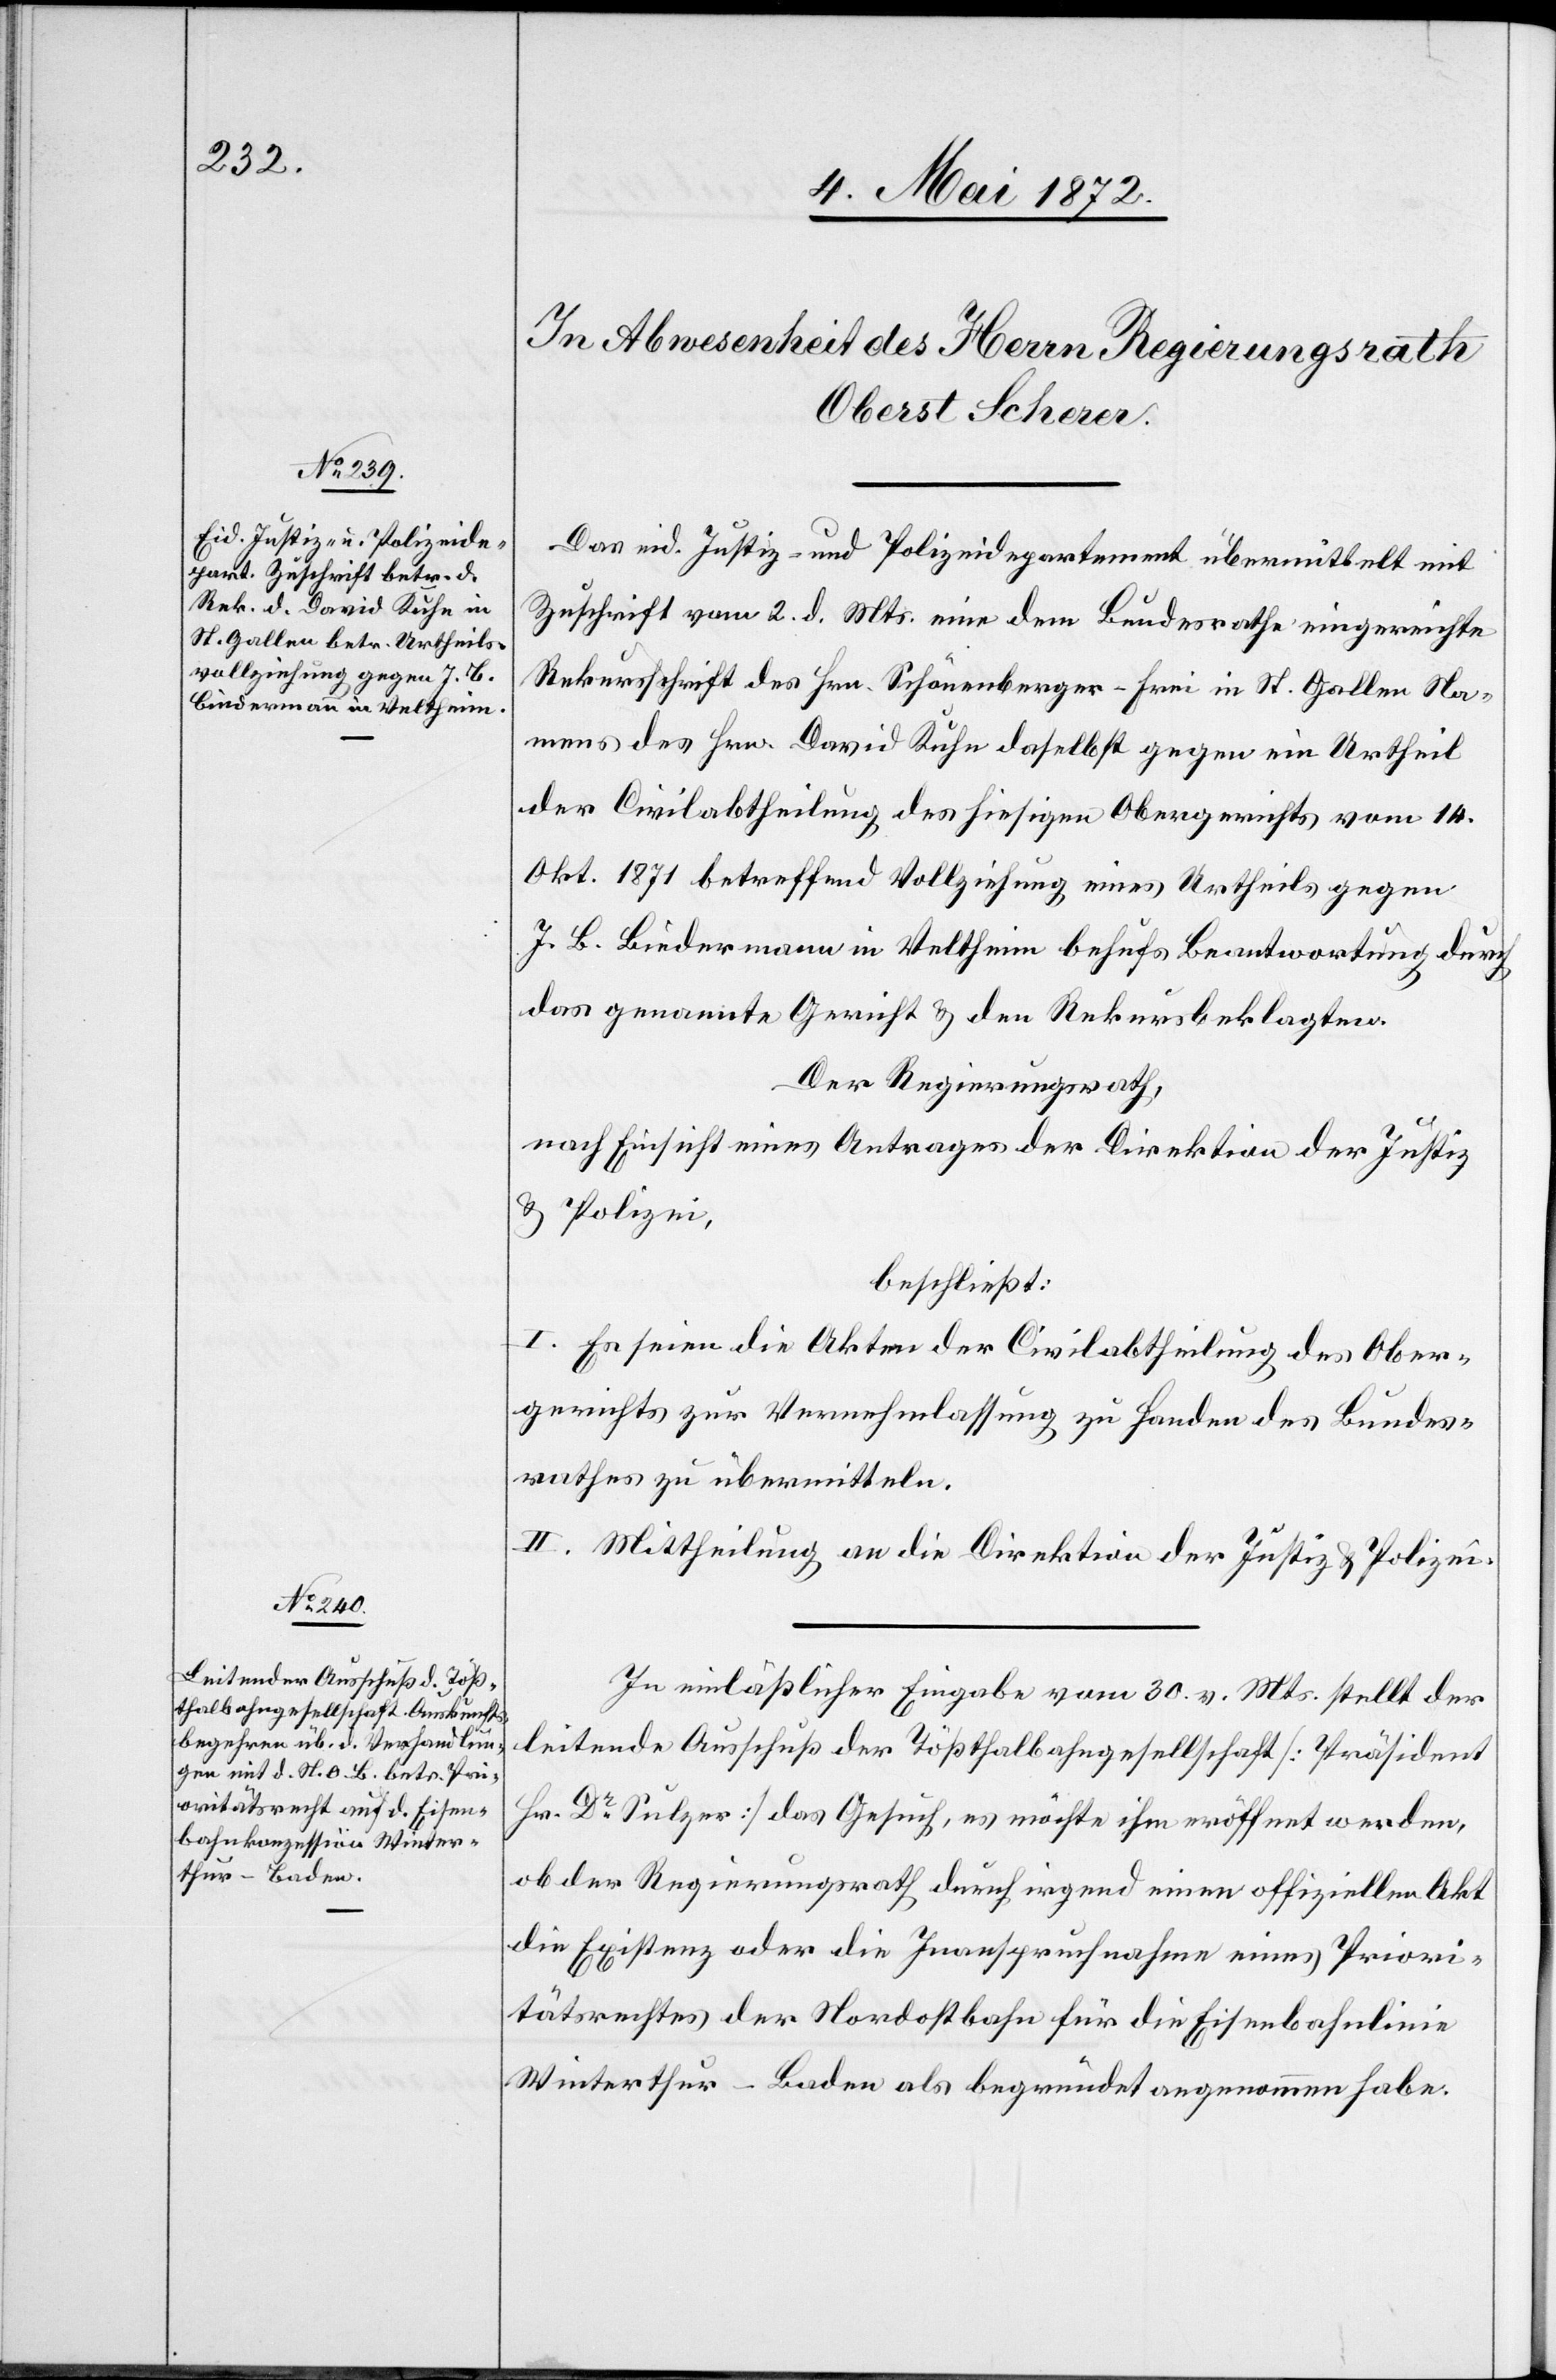
Das eid. Justiz- und Polizeidepartement übermittelt mit
Zuschrift vom 2. d. Mts. eine dem Bundesrathe eingereichte
Rekursschrift des Hrn. Schönenberger-Frei in St. Gallen Na¬
mens des Hrn. David Kuhn daselbst gegen ein Urtheil
der Civilabtheilung des hiesigen Obergerichts vom 14.
Okt. 1871 betreffend Vollziehung eines Urtheils gegen
J. B. Biedermann in Veltheim behufs Beantwortung durch
das genannte Gericht u. den Rekursbeklagten.
Der Regierungsrath,
nach Einsicht eines Antrages der Direktion der Justiz
u. Polizei,
beschließt:
I. Es seien die Akten der Civilabtheilung des Ober¬
gerichts zur Vernehmlassung zu Handen des Bundes¬
rathes zu übermitteln.
II. Mittheilung an die Direktion der Justiz u. Polizei.
In einläßlicher Eingabe vom 30. v. Mts. stellt der
leitende Ausschuß der Tößthalbahngesellschaft [Präsident
Hr. Dr. Sulzer] das Gesuch, es möchte ihm eröffnet werden,
ob der Regierungsrath durch irgend einen offiziellen Akt
die Existenz oder die Inanspruchnahme eines Priori¬
tätsrechtes der Nordostbahn für die Eisenbahnlinie
Winterthur–Baden als begründet angenommen habe.